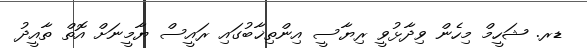
ޑރ. ޝަހީމް މިހެން ވިދާޅުވީ ރިޔާސީ އިންތިޚާބުގައި ރައީސް ޔާމީނަށް އޮތް ތާއީދު